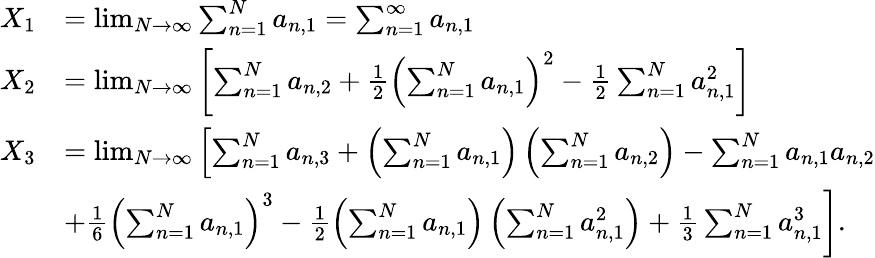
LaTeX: \begin{array}{rl}{X_{1}}&{=\operatorname*{lim}_{N\to\infty}\sum_{n=1}^{N}a_{n,1}=\sum_{n=1}^{\infty}a_{n,1}}\\ {X_{2}}&{=\operatorname*{lim}_{N\to\infty}\left[\sum_{n=1}^{N}a_{n,2}+\frac{1}{2}\left(\sum_{n=1}^{N}a_{n,1}\right)^{2}-\frac{1}{2}\sum_{n=1}^{N}a_{n,1}^{2}\right]}\\ {X_{3}}&{=\operatorname*{lim}_{N\to\infty}\left[\sum_{n=1}^{N}a_{n,3}+\left(\sum_{n=1}^{N}a_{n,1}\right)\left(\sum_{n=1}^{N}a_{n,2}\right)-\sum_{n=1}^{N}a_{n,1}a_{n,2}\right.}\\ &{\left.+\frac{1}{6}\left(\sum_{n=1}^{N}a_{n,1}\right)^{3}-\frac{1}{2}\left(\sum_{n=1}^{N}a_{n,1}\right)\left(\sum_{n=1}^{N}a_{n,1}^{2}\right)+\frac{1}{3}\sum_{n=1}^{N}a_{n,1}^{3}\right].}\end{array}